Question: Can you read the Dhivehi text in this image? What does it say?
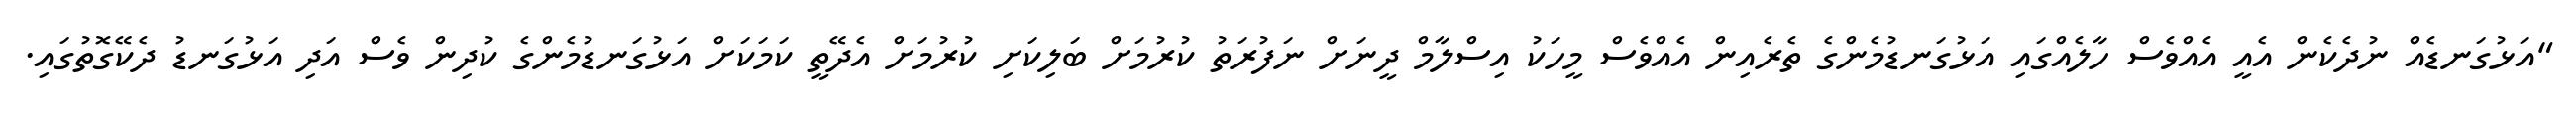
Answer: "އަޅުގަނޑެއް ނުދެކެން އެއީ އެއްވެސް ހާލެއްގައި އަޅުގަނޑުމެންގެ ތެރެއިން އެއްވެސް މީހަކު އިސްލާމް ދީނަށް ނަފުރަތު ކުރުމަށް ބަލިކަށި ކުރުމަށް އެދޭތީ ކަމަކަށް އަޅުގަނޑުމެންގެ ކުދިން ވެސް އަދި އަޅުގަނޑު ދެކޭގޮތުގައި.